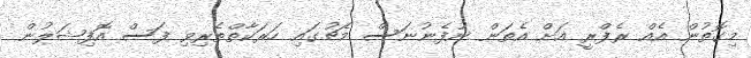
މިގޮތުން އެއް ރެފްރީ އަށް އެތަން ނުފެނުނަސް މެޗުގައި ހަރަކާތްތެރިވި ފަސް އޮފިޝަލުން